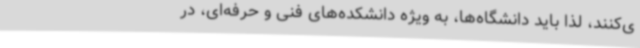
ی‌کنند، لذا باید دانشگاه‌ها، به ویژه دانشکده‌های فنی و حرفه‌ای، در